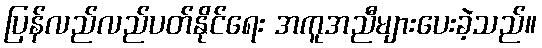
ပြန်လည်လည်ပတ်နိုင်ရေး အကူအညီများပေးခဲ့သည်။